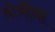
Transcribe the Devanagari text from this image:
दोषींना